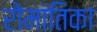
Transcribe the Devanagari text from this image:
रोमांतिका